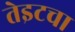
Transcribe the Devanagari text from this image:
तेइटचा